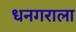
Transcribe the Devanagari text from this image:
धनगराला